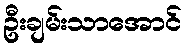
ဦးချမ်းသာအောင်